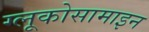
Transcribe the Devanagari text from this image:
ग्लूकोसामाइन